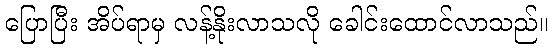
ပြောပြီး အိပ်ရာမှ လန့်နိုးလာသလို ခေါင်းထောင်လာသည်။